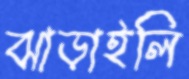
ঝাড়াইলি